Scottish Leaving Certificate Examination, 1961
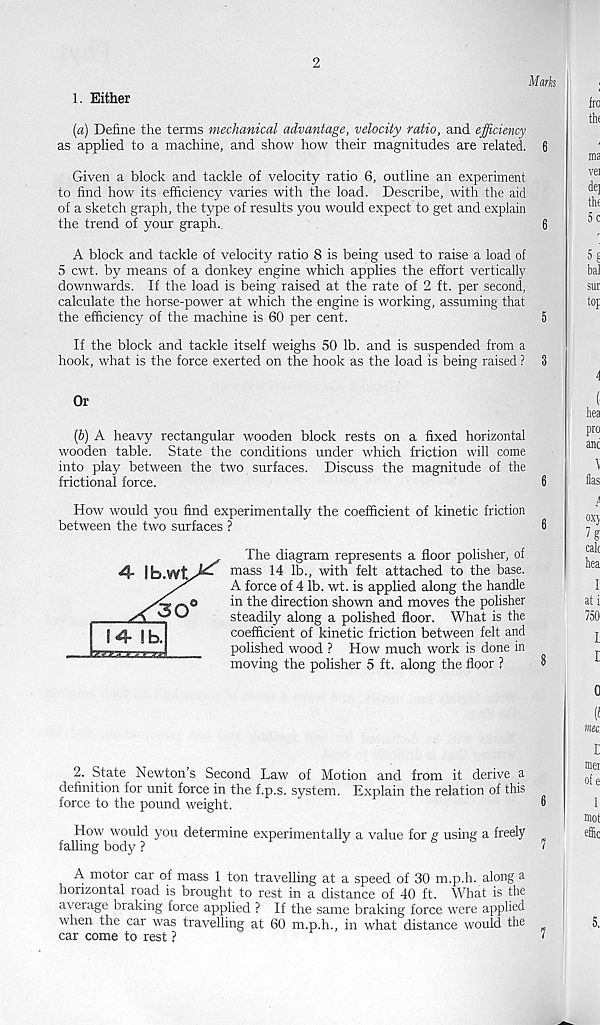
1. Either
(a) Define the terms mechanical advantage, velocity ratio, and efficiency
as applied to a machine, and show how their magnitudes are related.
Given a block and tackle of velocity ratio 6, outline an experiment
to find how its efficiency varies with the load. Describe, with the aid
of a sketch graph, the type of results you would expect to get and explain
the trend of your graph.
A block and tackle of velocity ratio 8 is being used to raise a load of
5 cwt. by means of a donkey engine which applies the effort vertically
downwards. If the load is being raised at the rate of 2 ft. per second,
calculate the horse-power at which the engine is working, assuming that
the efficiency of the machine is 60 per cent.
If the block and tackle itself weighs 50 lb. and is suspended from a
hook, what is the force exerted on the hook as the load is being raised ?
Or
{b) A heavy rectangular wooden block rests on a fixed horizontal
wooden table. State the conditions under which friction will come
into play between the two surfaces. Discuss the magnitude of the
frictional force.
How would you find experimentally the coefficient of kinetic friction
between the two surfaces ?
The diagram represents a floor polisher, of
mass 14 lb., with felt attached to the base.
A force of 4 lb. wt. is applied along the handle
in the direction shown and moves the polisher
steadily along a polished floor. What is the
coefficient of kinetic friction between felt and
polished wood ? How much work is done in
moving the polisher 5 ft. along the floor ?
2. State Newton’s Second Law of Motion and from it derive a
definition for unit force in the f.p.s. system. Explain the relation of this
force to the pound weight.
How would you determine experimentally a value for g using a freely
falling body ?
A motor car of mass 1 ton travelling at a speed of 30 m.p.h. along a
horizontal road is brought to rest in a distance of 40 ft. What is the
average braking force applied ? If the same braking force were applied
when the car was travelling at 60 m.p.h., in what distance would the
car come to rest ?